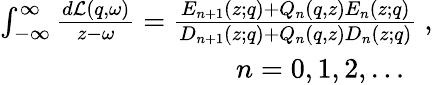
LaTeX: \begin{array}{r}{\int_{-\infty}^{\infty}\frac{d\mathcal{L}\left(q,\omega\right)}{z-\omega}=\frac{E_{n+1}\left(z;q\right)+Q_{n}\left(q,z\right)E_{n}\left(z;q\right)}{D_{n+1}\left(z;q\right)+Q_{n}\left(q,z\right)D_{n}\left(z;q\right)}\ ,}\\ {\quad n=0,1,2,\ldots\quad}\end{array}